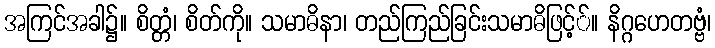
အကြင်အခါ၌။ စိတ္တံ၊ စိတ်ကို။ သမာဓိနာ၊ တည်ကြည်ခြင်းသမာဓိဖြင့််။ နိဂ္ဂဟေတဗ္ဗံ၊